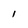
Character: 1